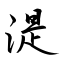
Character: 湜